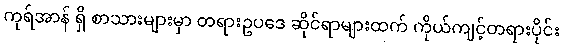
ကုရ်အာန် ရှိ စာသားများမှာ တရားဥပဒေ ဆိုင်ရာများထက် ကိုယ်ကျင့်တရားပိုင်း